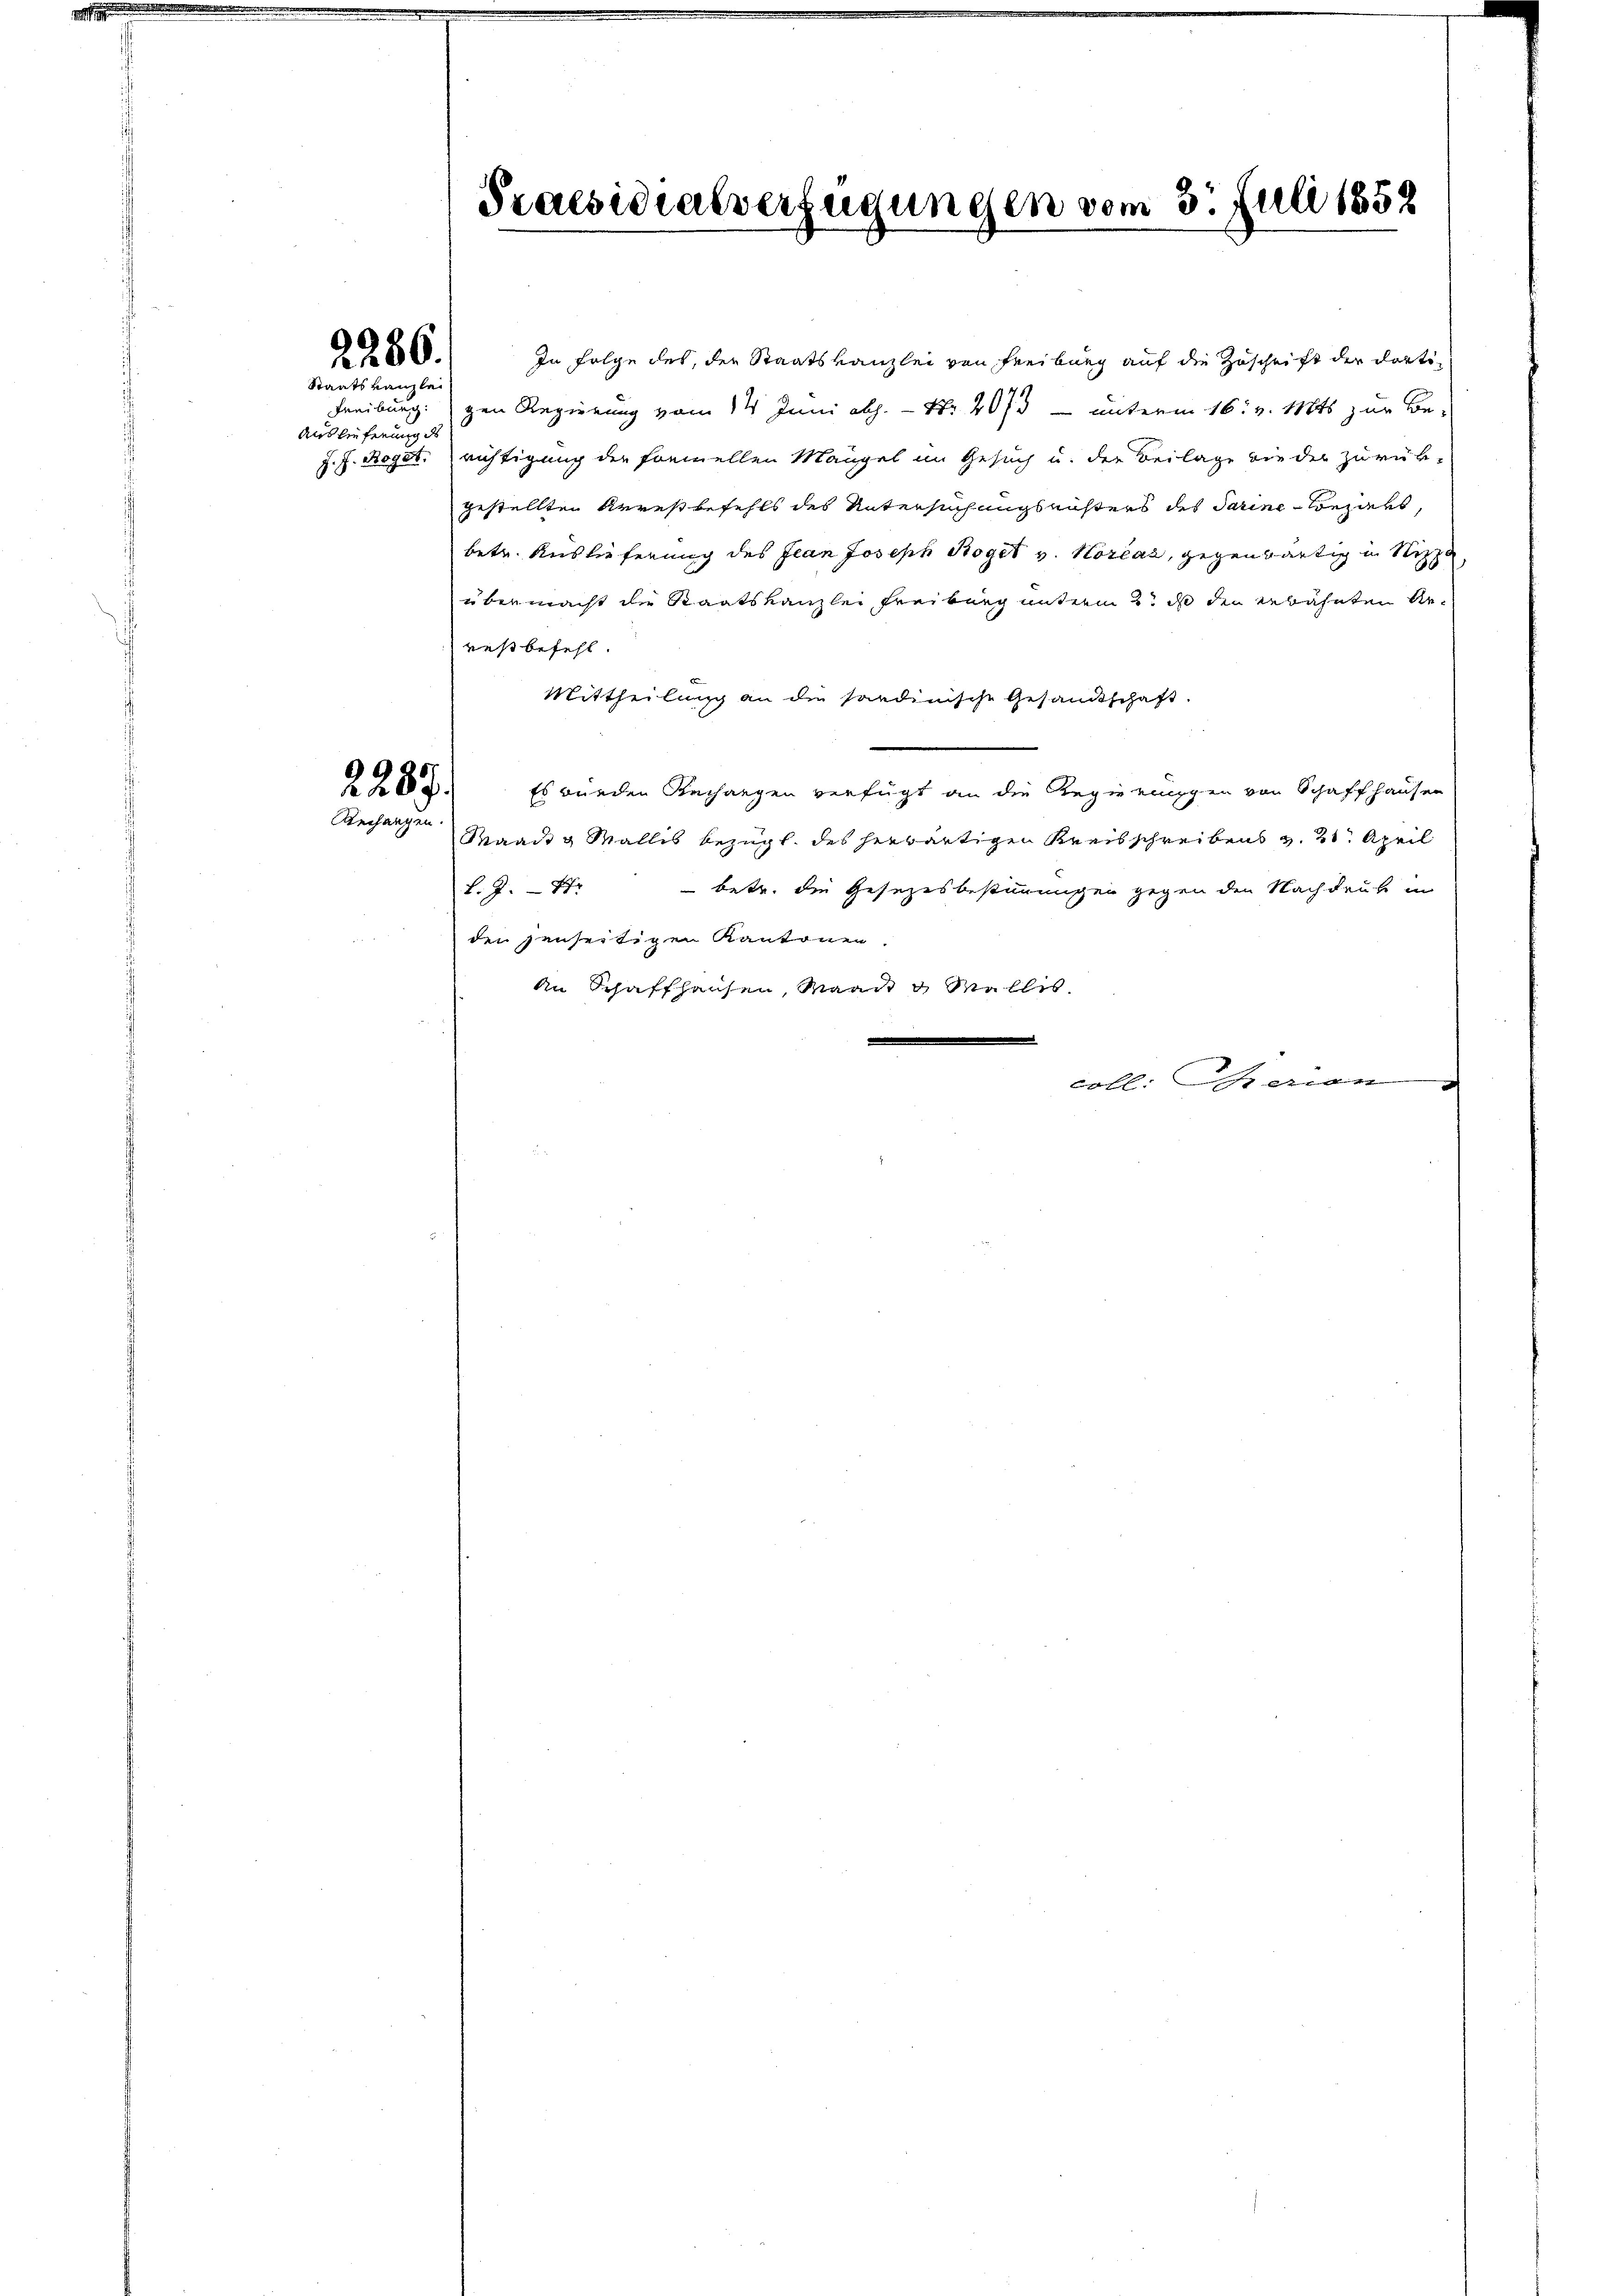
1

2286.
Staatskanzlei

Auslieferung des

2287.
Rechangen.

Praesidialverfügungen vom 3. Juli 1852

In Folge des, der Staatskanzlei von Freiburg auf die Zuschrift der dorti¬
Freiburg gen Regierung vom 14. Juni abh. - Nr. 2073 — unterm 16. v. Mts. zur Be¬
J. J. Rogat richtigung der formellen Mangel im Gesuch u. der Beilage wieder zurück-
gestellten Arrestbefehls des Untersuchungsrichters des darine Bezahl,
betr. Auslieferung des Jean Joseph Roget v. Horčaz, gegenwärtig in Nizza,
übermacht die Staatskanzlei Freiburg unterm 2t ds den erbahnten Rerestbefehl.
Mittheilung an die sandinische Gesandtschaft.
Es wurden Rechangen verfügt an die Regierungen von Schaffhausen
Maadg Wallis bezügl. des herwärtigen Kreisschreibens v. 21. April
f. J. St. - betr. die Gesezesbestimmungen gegen den Nachdruk in
den jenseitigen Kantonen.
An Schaffhausen, Waadt Mellis

coll. Serien